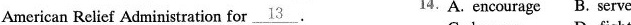
American Relief Administration for \underline{13} 14.A.encourage B. serve